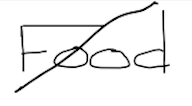
Text: Food
Cross-out: diagonal
Writing tool: digital_black